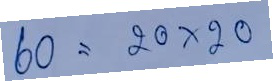
60  = 20x20